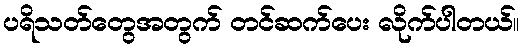
ပရိသတ်တွေအတွက် တင်ဆက်ပေး လိုက်ပါတယ်။